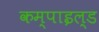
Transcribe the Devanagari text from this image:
कम्पाइल्ड